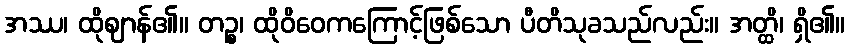
အဿ၊ ထိုဈာန်၏။ တဉ္စ၊ ထိုဝိဝေကကြောင့်ဖြစ်သော ပီတိသုခသည်လည်း။ အတ္ထိ၊ ရှိ၏။